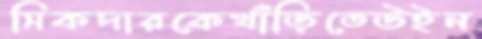
সিকদারকেখাঁড়িতেউইন